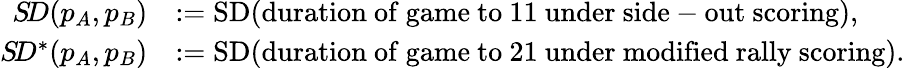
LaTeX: \begin{array}{rl}{S\! D(p_{A},p_{B})}&{:=\mathrm{SD}(\mathrm{duration~of~game~to~11~under~side-out~scoring}),}\\ {S\! D^{*}(p_{A},p_{B})}&{:=\mathrm{SD}(\mathrm{duration~of~game~to~21~under~modified~rally~scoring}).}\end{array}